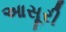
આસૂરી